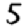
Digit: 5